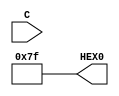
module practice_1(C,HEX0);

input [3:0]C;
output [6:0]HEX0;

assign HEX0[0] = 1;
assign HEX0[1] = 1;
assign HEX0[2] = 1;
assign HEX0[3] = 1;
assign HEX0[4] = 1;
assign HEX0[5] = 1;
assign HEX0[6] = 1;

endmodule